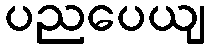
ပညပေယျ